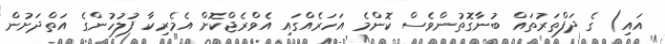
އައި) ގެ ދަފްތަރުތައް ބުނާގޮތުންވެސް ކޮންމެ އަހަރެއްގައި އެވްރެޖްކޮށް އެމެރިކާ ފުލުހުންގެ އަތްދަށުން